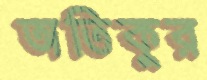
অতিকুর